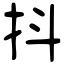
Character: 抖